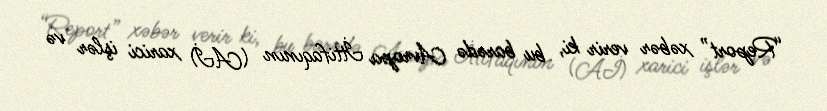
“Report” xəbər verir ki, bu barədə Avropa İttifaqının (Aİ) xarici işlər və